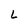
Character: L